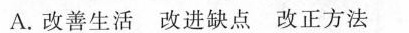
A.改善生活改进缺点改正方法